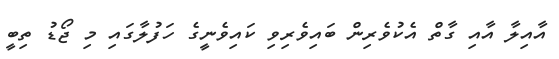
އާއިލާ އާއި ގާތް އެކުވެރިން ބައިވެރިވި ކައިވެނީގެ ހަފުލާގައި މި ޖޯޑު ތިބީ